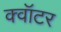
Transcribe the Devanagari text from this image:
क्वॉटर